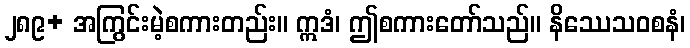
၂၈၉+ အကြွင်းမဲ့စကားတည်း။ ဣဒံ၊ ဤစကားတော်သည်။ နိဿေသဝစနံ၊